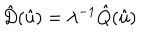
\hat { D } ( \hat { u } ) = \lambda ^ { - 1 } \hat { Q } ( \hat { u } )